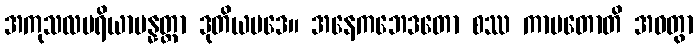
အကုသလပရိယာပန္နတ္တာ ဒုတိယပဒေ။ အနေကဘေဒတော စဿ ကာမတောတိ အဝတွာ